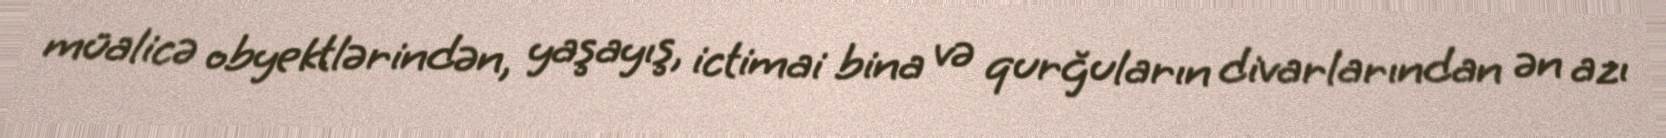
müalicə obyektlərindən, yaşayış, ictimai bina və qurğuların divarlarından ən azı